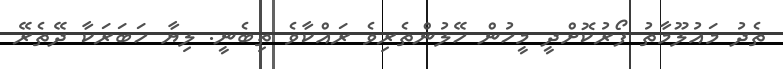
ތެދު މައުލޫމާތު ފޯރުކޮށްދީ މީހުން ހޭލުންތެރިވެ ރައްކާވެ ތިބެނީ. ލިޔާ ހަބަރަކާ ދޭތެރޭ